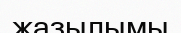
жазылымы